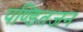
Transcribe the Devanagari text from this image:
पण्डितजन